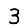
Digit: 3